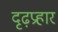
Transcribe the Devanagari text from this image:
दृढ़प्रहार